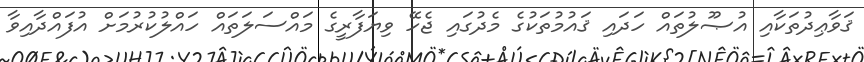
ޤަވާޢިދުތަކާއި އުޞޫލުތައް ހަދައި ޤައުމުތަކުގެ މެދުގައި ޖެހޭ ވިޔަފާރީގެ މައްސަލަތައް ހައްލުކުރުމަށް އުފައްދާއިވާ